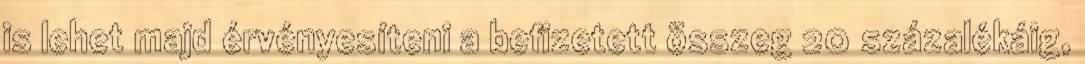
is lehet majd érvényesíteni a befizetett összeg 20 százalékáig,